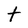
Character: t